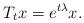
LaTeX: \begin{align*}T_tx=e^{t\lambda}x.\end{align*}